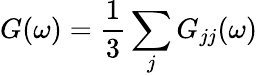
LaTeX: G(\omega)=\frac{1}{3}\sum_{j}G_{jj}(\omega)